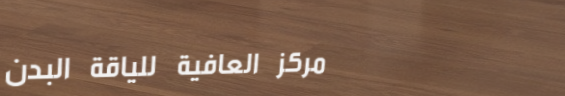
مركز العافية للياقة البدن